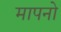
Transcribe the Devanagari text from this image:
मापनो